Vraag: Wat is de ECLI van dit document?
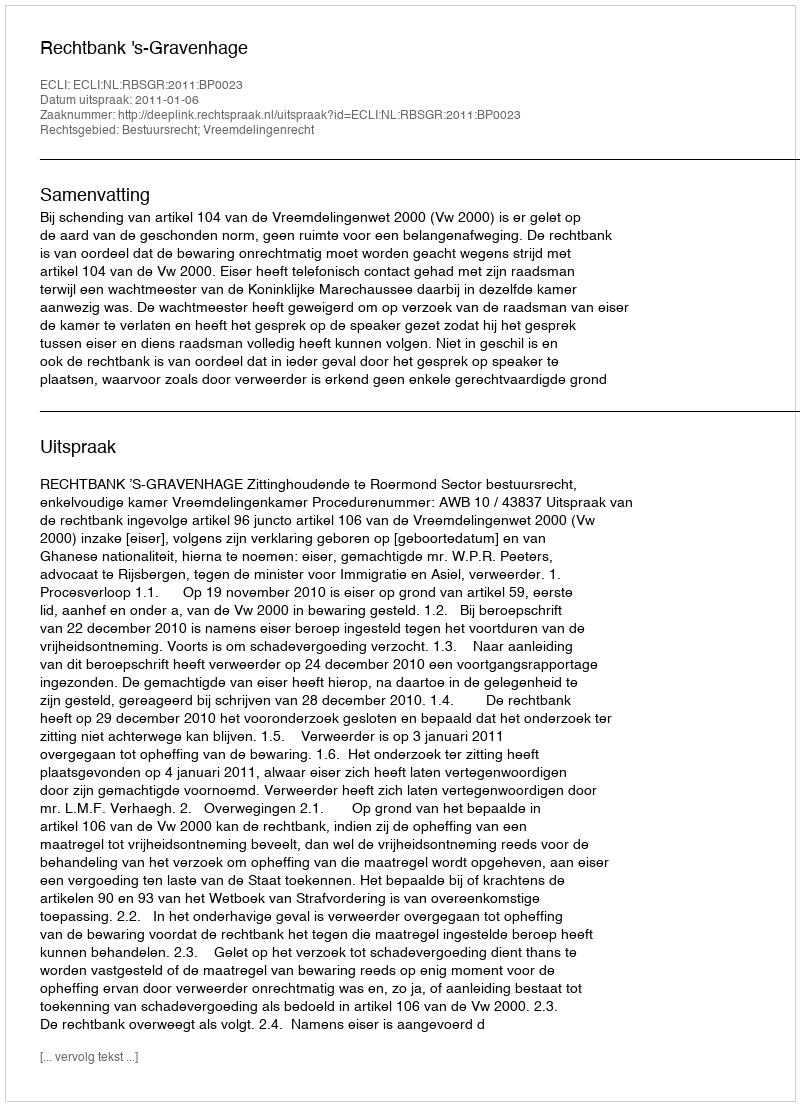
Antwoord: ECLI:NL:RBSGR:2011:BP0023